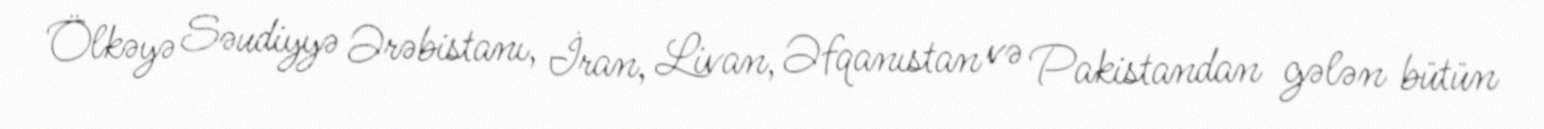
Ölkəyə Səudiyyə Ərəbistanı, İran, Livan, Əfqanıstan və Pakistandan gələn bütün